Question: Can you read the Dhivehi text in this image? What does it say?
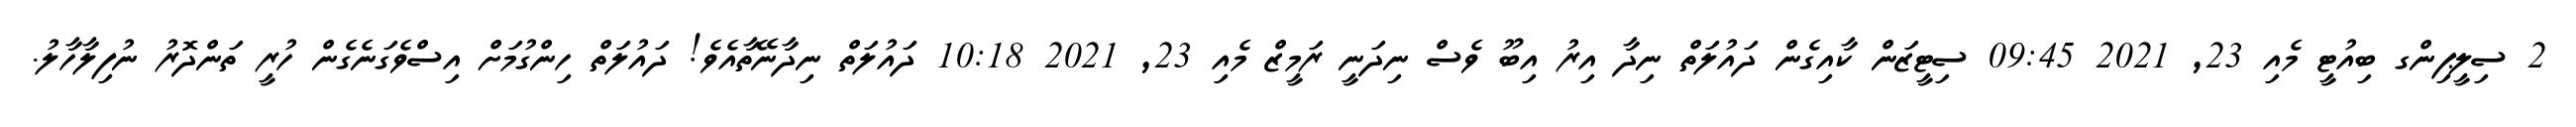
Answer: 2 ސިލީޕިންގ ބިއުޓީ މެއި 23, 2021 09:45 ސިޓީޒަން ކާއިގެން ދައުލަތް ނިދާ އިރު އިބޫ ވެސް ނިދަނީ ރަމީޒް މެއި 23, 2021 10:18 ދައުލަތް ނިދާނޭތާއެވެ! ދައުލަތް ހިންގުމަށް އިސްވެގަނެގެން ހުރީ ތަންދޮރު ނުފިލާހާލު.